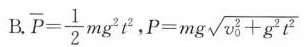
B. $$\overline{P} = \frac{1}{2}m g^{2}t$$ ， $$,P = m g \sqrt{v_{0}^{2} + g^{2}t^{2}}$$